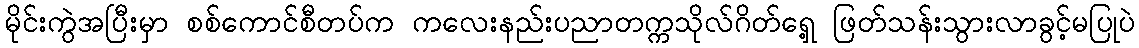
မိုင်းကွဲအပြီးမှာ စစ်ကောင်စီတပ်က ကလေးနည်းပညာတက္ကသိုလ်ဂိတ်ရှေ့ ဖြတ်သန်းသွားလာခွင့်မပြုပဲ